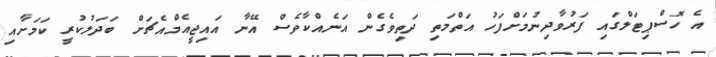
އެ ހޮސްޕިޓަލްގައި ފަރުވާދިނުމަށްފަހު އަތްމަތި ދަތިވެގެން އަނެއްކާވެސް އޭނާ އައިޖީއެމްއެޗަށް ބަދަލުކުރީ ކަމަށާއި